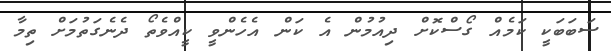
ސަބަބަކީ ކަމެއް ގޯސްކޮށް ދިއުމުން އެ ކަން އެހެންވީ ކީއްވެތޯ ދެނެގަތުމަށް ތިމާ